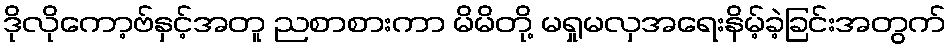
ဒိုလိုကော့ဗ်နှင့်အတူ ညစာစားကာ မိမိတို့ မရှုမလှအရေးနိမ့်ခဲ့ခြင်းအတွက်